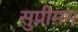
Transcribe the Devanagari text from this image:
सुप्रीमम